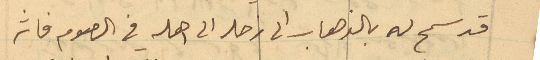
قد سمح له بالذهاب الى زحله الى اهله في الصوم فاثر